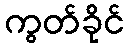
ကွတ်ခိုင်